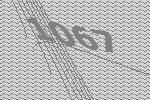
1067